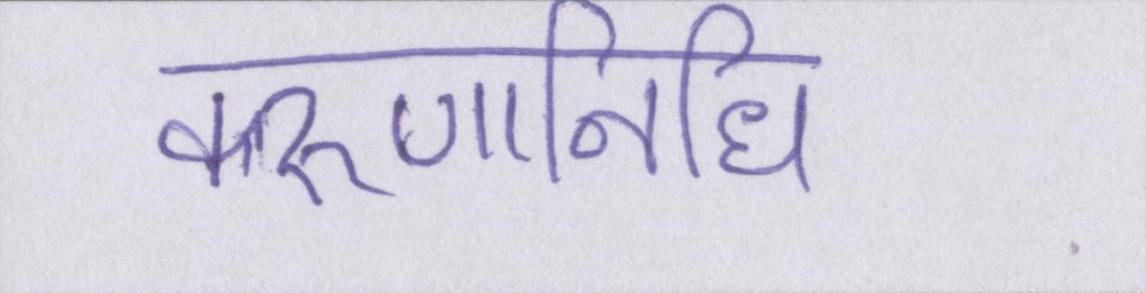
करुणानिधि